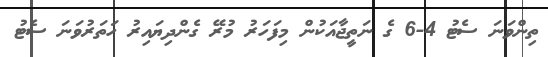
ތިންވަނަ ސެޓު 4-6 ގެ ނަތީޖާއަކުން މިފަހަރު މުރޭ ގެންދިޔައިރު ހަތަރުވަނަ ސެޓު